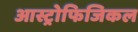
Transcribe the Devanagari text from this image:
आस्ट्रोफिजिकल